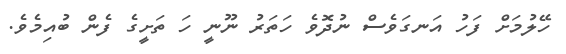
ހޭލުމަށް ފަހު އަނގަވެސް ނުދޮވެ ހަތަރު ނޫނީ ހަ ތަށީގެ ފެން ބުއިމެވެ.